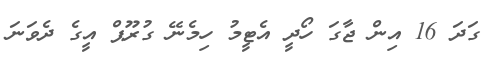
ގަދަ 16 އިން ޖާގަ ހޯދީ އެޓީމު ހިމެނޭ ގުރޫޕް އީގެ ދެވަނަ